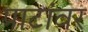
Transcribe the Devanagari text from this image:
पाटांवर